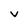
Character: V